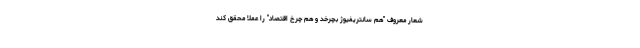
شعار معروف "هم سانتریفیوژ بچرخد و هم چرخ اقتصاد" را عملا محقق کند